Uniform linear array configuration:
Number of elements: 8
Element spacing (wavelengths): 0.75
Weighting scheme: cosine
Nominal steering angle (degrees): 15
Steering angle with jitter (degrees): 16.053
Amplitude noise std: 0.05
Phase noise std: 0.05

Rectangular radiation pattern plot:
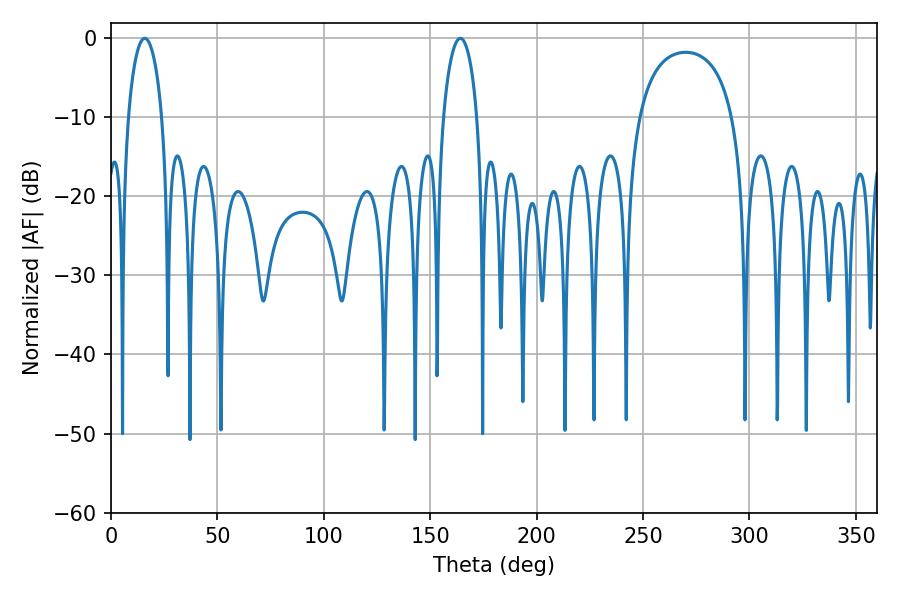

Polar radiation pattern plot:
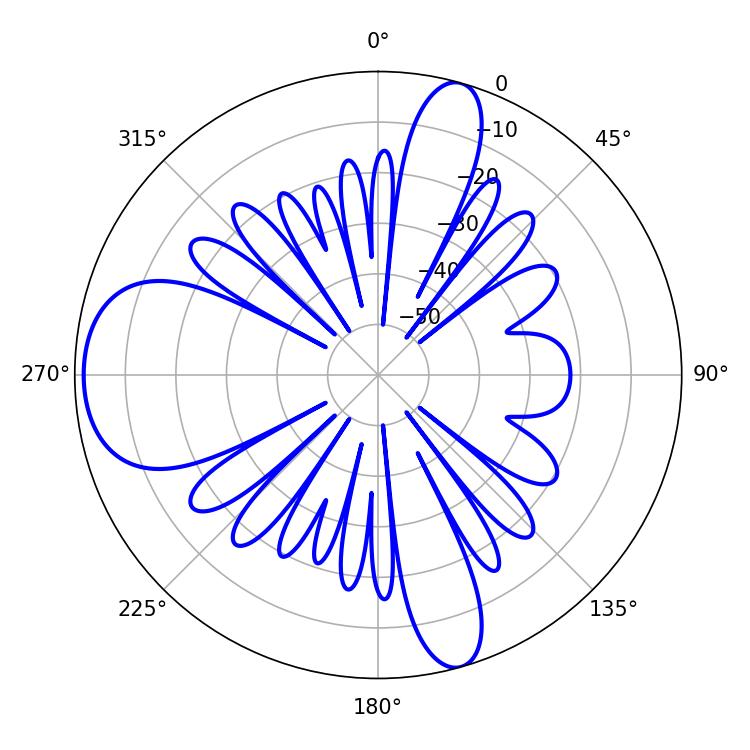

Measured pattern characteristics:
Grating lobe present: TRUE
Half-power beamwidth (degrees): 9
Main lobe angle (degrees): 15.84